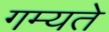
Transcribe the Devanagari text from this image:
गम्यते